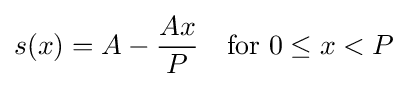
s(x)=A-{\frac {Ax}{P}}\quad {\text{for }}0\leq x<P